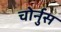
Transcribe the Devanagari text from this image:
चोर्नुस